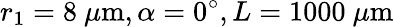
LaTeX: r_{1}=8\ {\mu\mathrm{m}},\alpha=0^{\circ},L=1000\ {\mu\mathrm{m}}